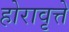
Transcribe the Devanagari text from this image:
होरावृत्ते